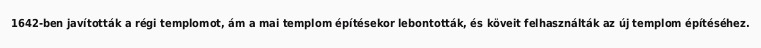
1642-ben javították a régi templomot, ám a mai templom építésekor lebontották, és köveit felhasználták az új templom építéséhez.